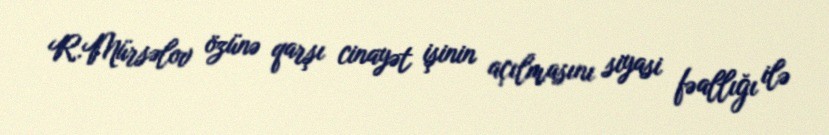
R.Mürsəlov özünə qarşı cinayət işinin açılmasını siyasi fəallığı ilə